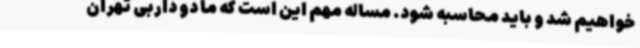
خواهیم شد و باید محاسبه شود. مساله مهم این است که ما دو داربی تهران